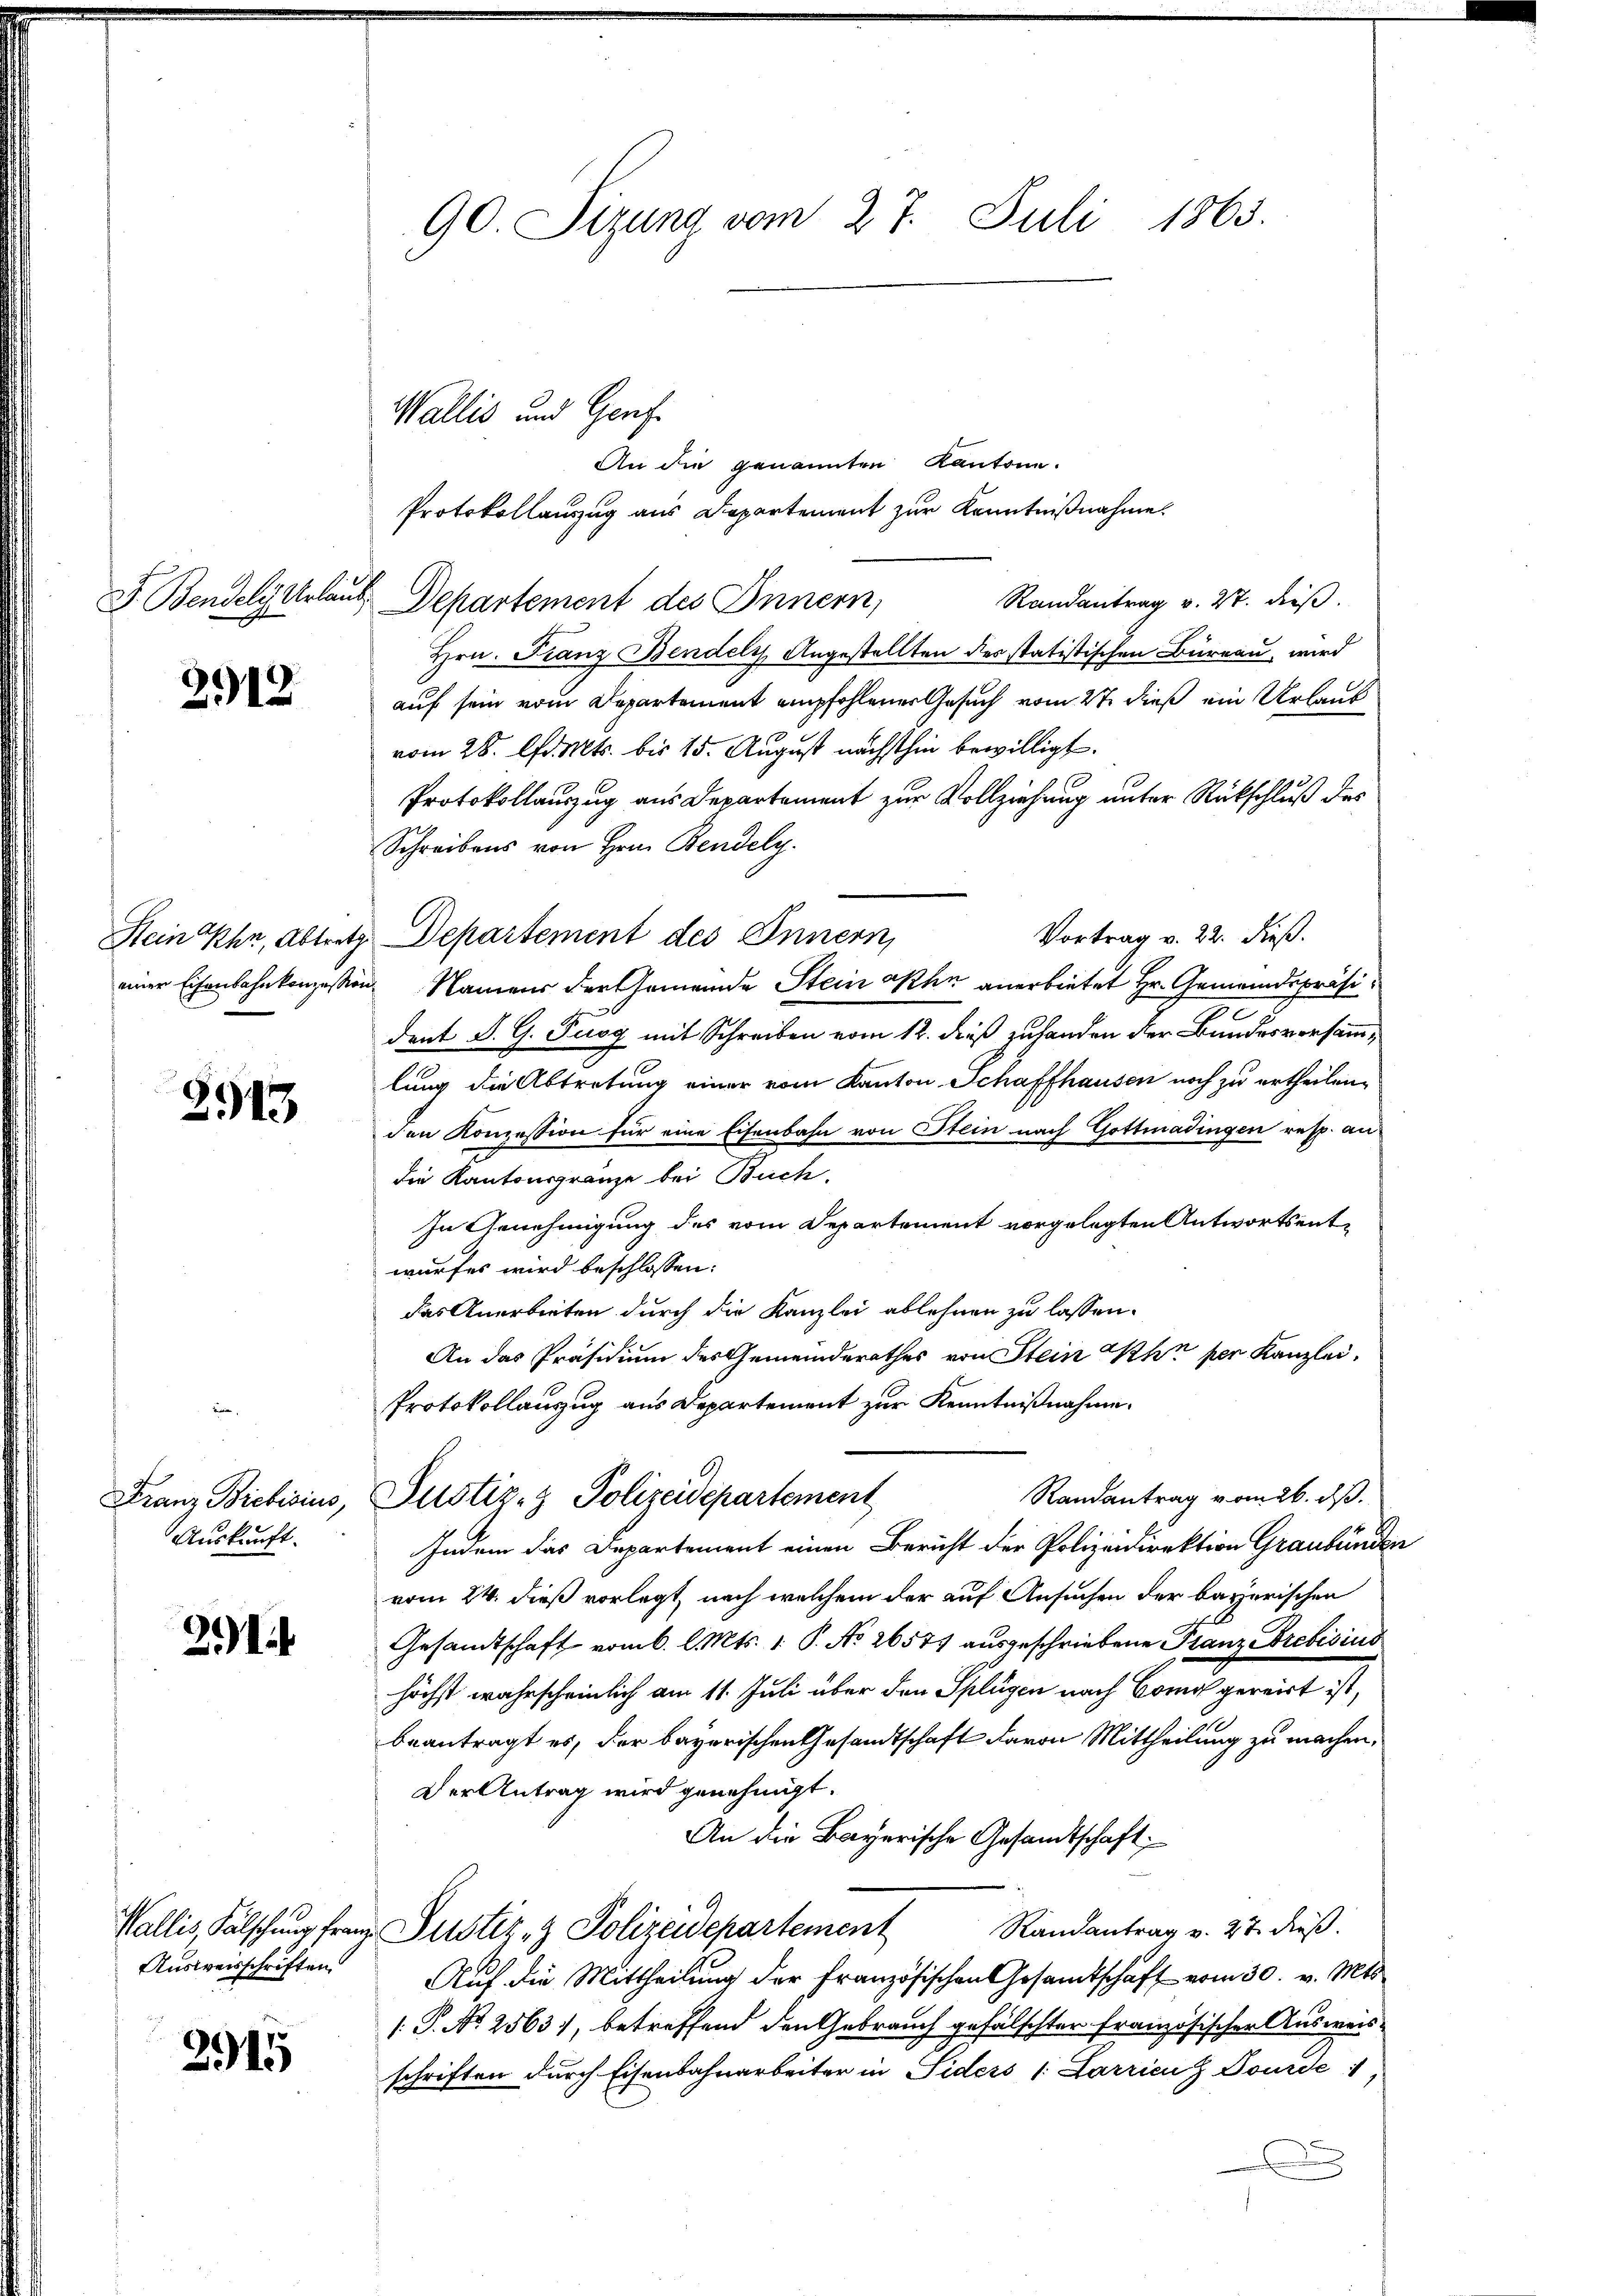
2912

2915

Franz Brebisius,
Auskunft.

291.

Ausweisschriften

2915

90. Sizung vom 27. Juli 1863.

Wallis und Genf

An die genannten Kantone.
Protokollauszug aus Departement zur Kenntnißnahme.
Randantrag v. 27. dieß.
J. Bendely Urlaub, Departement des Innern,
Hrn. Franz Bendely, Angestellten der statistischen Büreau, wird
auf sein vom Departement empfohlener Gesuch vom 2t dieß ein Urlaub
vom 28. Apr. Mts. bis 15. August nächsthin bewilligt.
Protokollauszug aus Departement zur Vollziehung unter Rückschluß des
Schreibens von Hrn. Bendely.
Vortrag v. 22. dieß.
Sein Uhr, Abtretz. Departement des Innern,
einer Eisenbahnkonzession Namens der Gemeinde Stein ohn anerbietet Hr. Gemeindspräsident S. G. Tuog mit Schreiben vom 12. dieß zuhanden der Bundesversammlung die Abtretung einer vom Kanton Schaffhausen noch zu ertheilen,
den Konzession für eine Eisenbahn von Stein nach Gottmadingen resp. andie Kantonsgränze bei Buch,
In Genehmigung des vom Departement vorgelegten Antwortsentwurfes wird beschlossen:
das Anerbieten durch die Kanzlei ablehnen zu lassen.
An das Präsidium des Gemeinderathes von Stein Ihn per Kanzlei-
Protokollauszug aus Departement zur Kenntnißnahme.
Randantrag vom 26. dß.
Justiz- & Polizeidepartement
Indem das Departement einen Bericht der Polizeidirektion Graubünden
vom 24. dieß vorlegt, nach welchem der auf Ansuchen der bayerischen
Gesandtschaft vom 6. l. Mts. 1. P. No 26571 ausgeschriebene Franz Prebisius
höchst wahrscheinlich am 11. Juli über den Splügen nach Bomo gereist ist,
beantragt es, der bayerischen Gesandtschaft davon Mittheilung zu machen,
Der Antrag wird genehmigt.
An die Bayerische Gesandtschaft
Randantrag v. 27. dieß.
Wallis, Fälschung franz Pustiz- & Polizeidepartement
Auf die Mittheilung der französischen Gesamtschaft vom 30. v. Mts.
[.P. No 2563), betreffend den Gebrauch gefälschter französischer Ausweisschriften durch Eisenbahnarbeiter in Siders 1. Parrienz Pourde